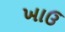
ખાઉ